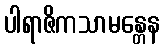
ပါရာဇိကသာမန္တေန